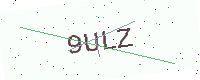
Text: 9ULZ